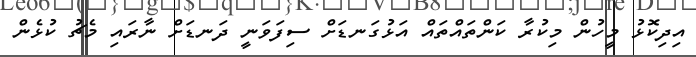
އިދިކޮޅު މީހުން މިކުރާ ކަންތައްތައް އަޅުގަނޑަށް ސިފަވަނީ ދަނޑަށް ނާރައި މެޗު ކުޅެން